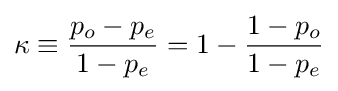
\kappa \equiv {\frac {p_{o}-p_{e}}{1-p_{e}}}=1-{\frac {1-p_{o}}{1-p_{e}}}